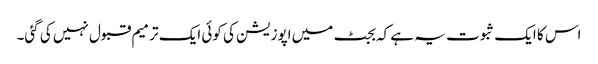
اس کا ایک ثبوت یہ ہے کہ بجٹ میں اپوزیشن کی کوئی ایک ترمیم قبول نہیں کی گئی۔